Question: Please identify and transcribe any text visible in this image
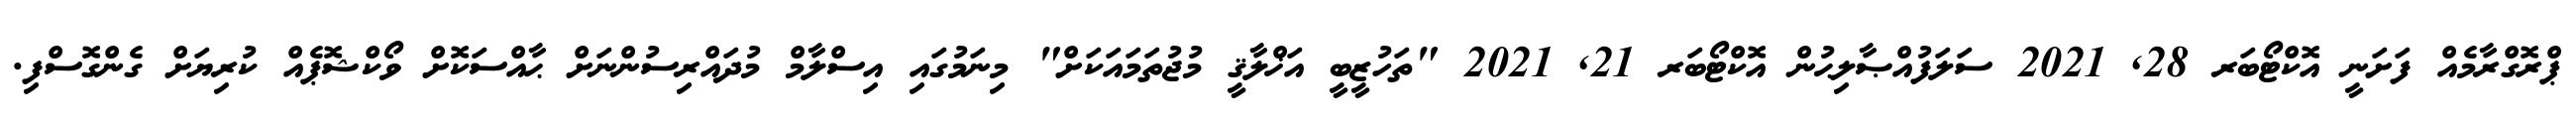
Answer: ޕްރޮގްރާމެއް ފަށަނީ އޮކްޓޯބަރ 28, 2021 ސަލަފުއްޞާލިޙުން އޮކްޓޯބަރ 21, 2021 "ތަހުޒީބީ އަޚްލާޤީ މުޖުތަމައަކަށް" މިނަމުގައި އިސްލާމް މުދައްރިސުންނަށް ޙާއްސަކޮށް ވޯކްޝޮޕެއް ކުރިޔަށް ގެންގޮސްފި.